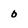
Character: o